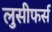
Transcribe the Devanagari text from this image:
लुसीफर्स